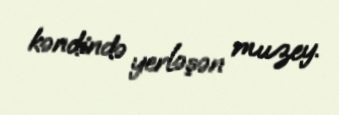
kəndində yerləşən muzey.